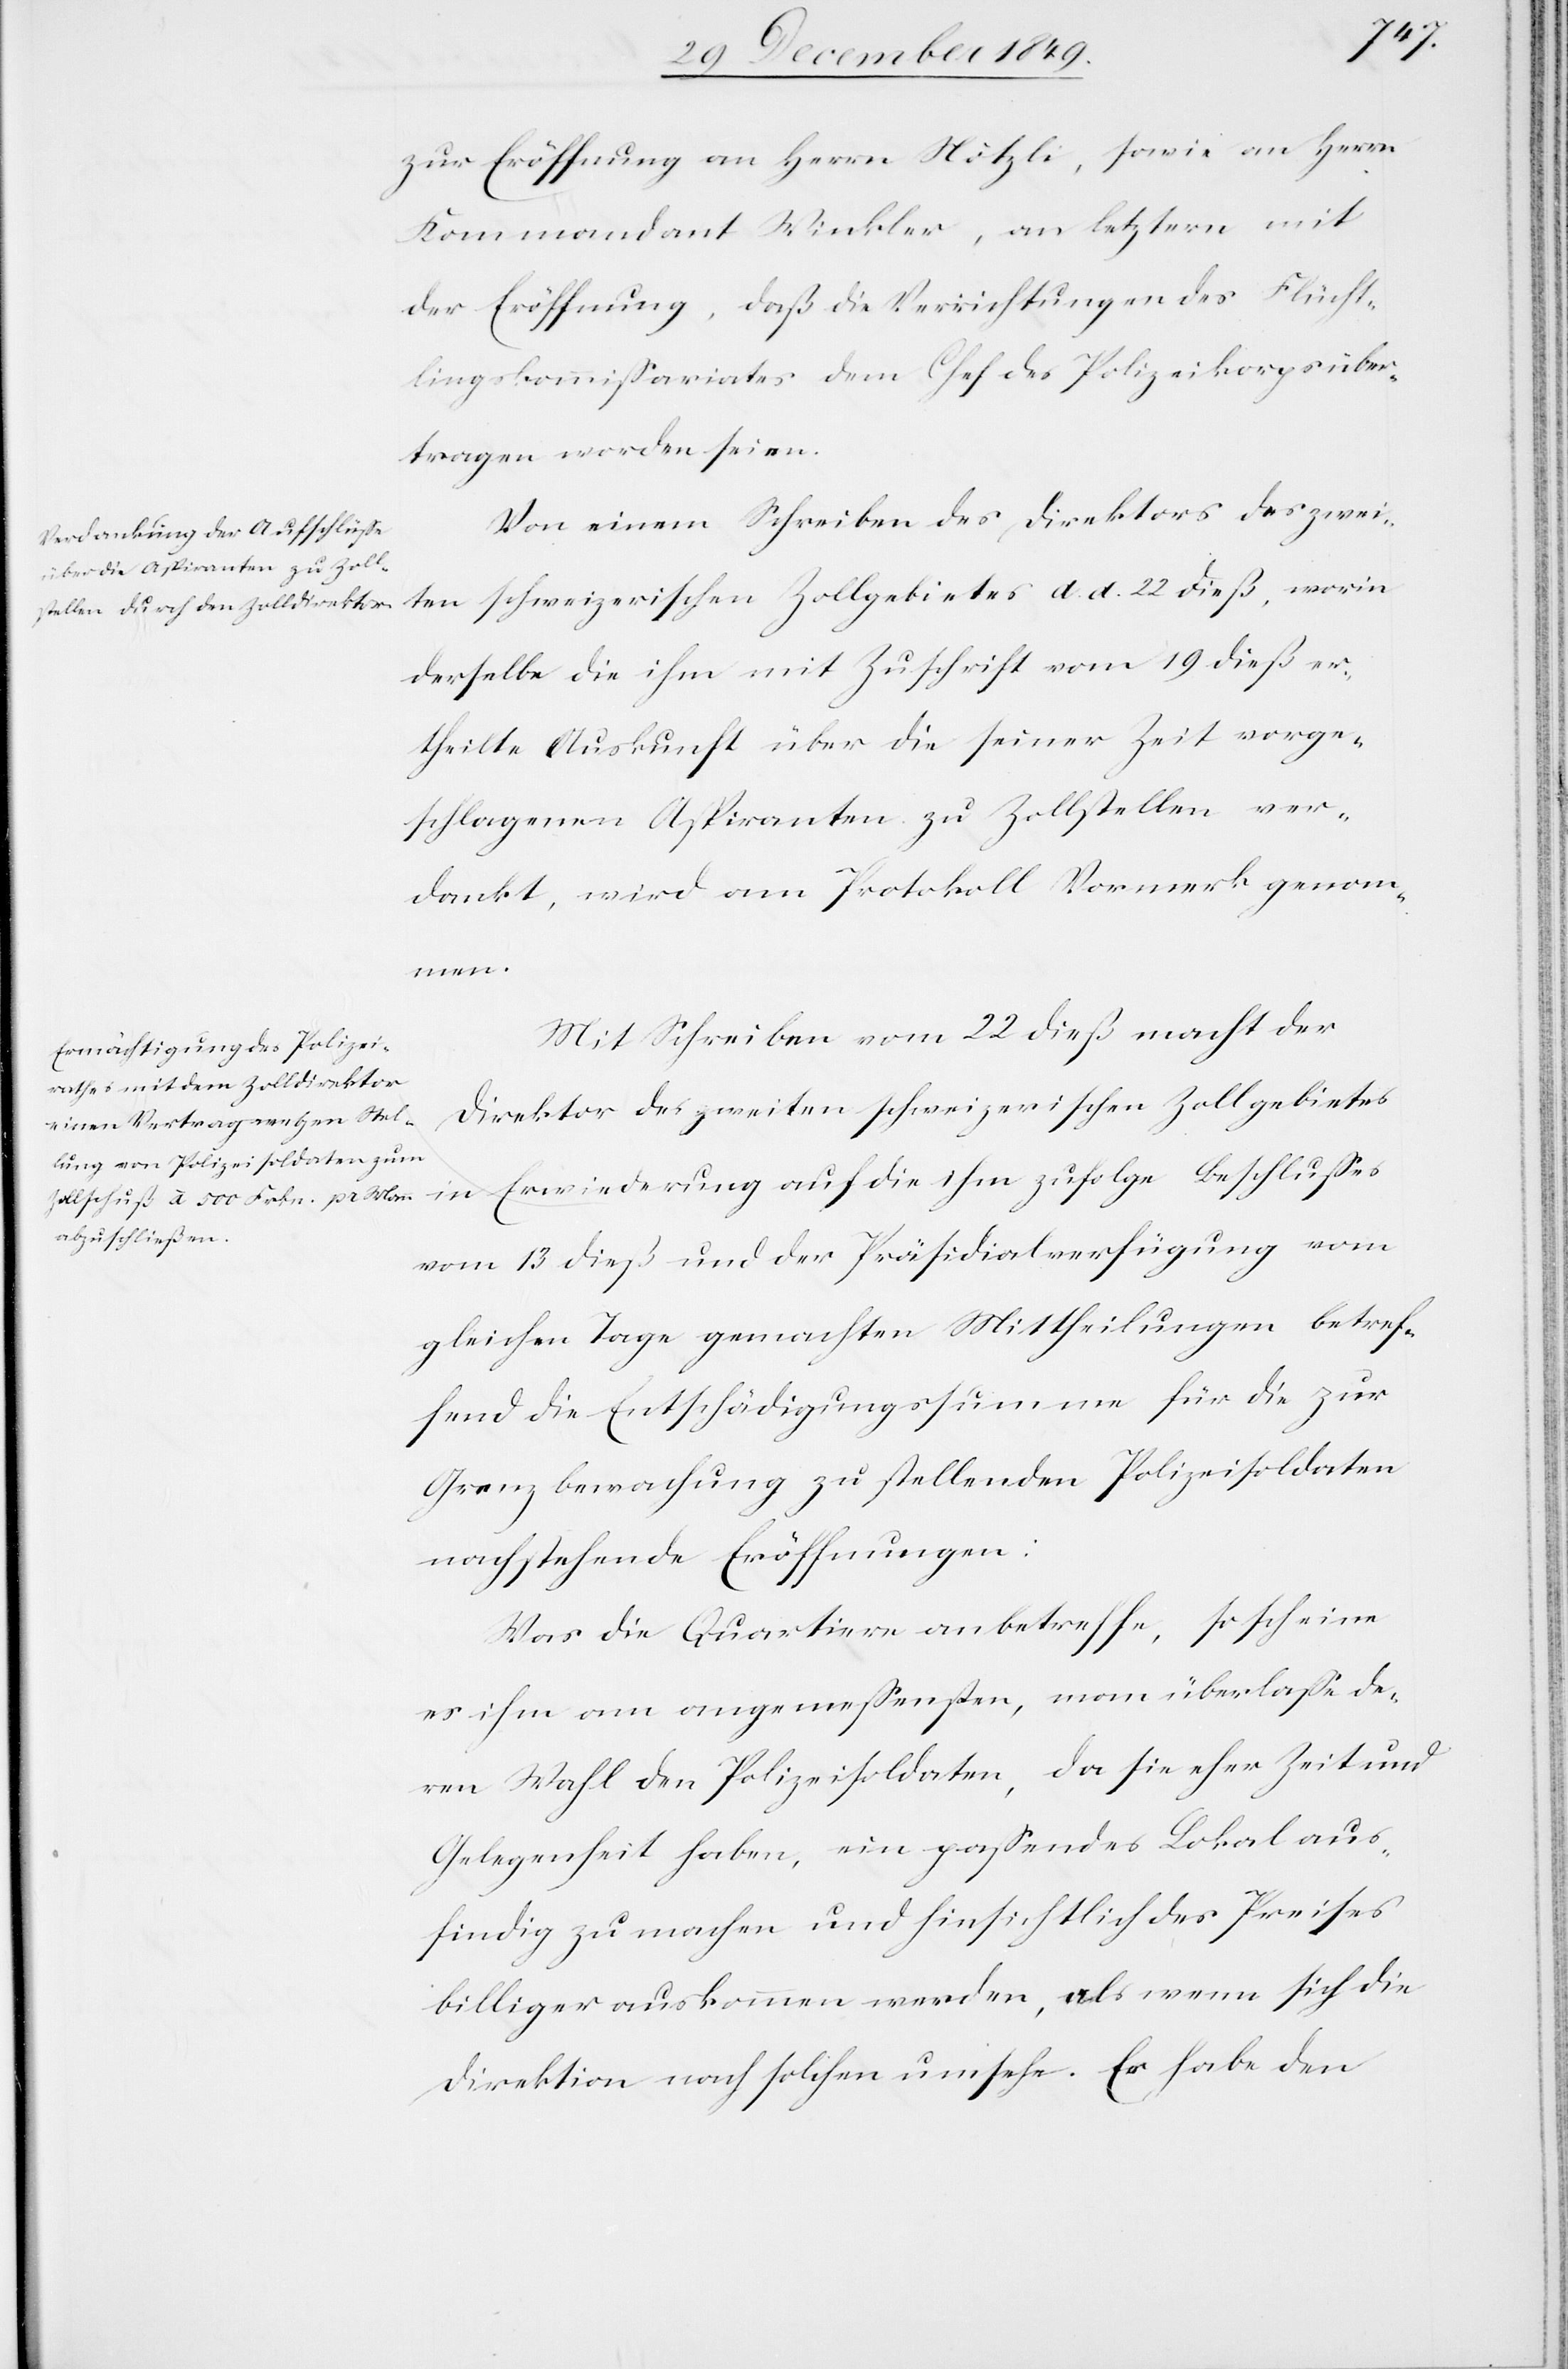
zur Eröffnung an Herrn Nötzli, sowie an Herrn
Kommandant Winkler, an letztern mit
der Eröffnung, daß die Verrichtung des Flücht¬
lingskommißariates dem Chef des Polizeikorps über¬
tragen worden sei.
Von einem Schreiben des Direktors des zwei¬
schweizerischen Zollgebietes d. d. 22 dieß, worin
ten
derselbe die ihm mit Zuschrift vom 19 dieß er¬
theilte Auskunft über die seiner Zeit vorge¬
schlagenen Aspiranten zu Zollstellen ver¬
dankt, wird am Protokoll Vormerk genom¬
men.
Mit Schreiben vom 22 dieß macht der
Direktor des zweiten schweizerischen Zollgebietes
in Erwiederung auf die ihm zufolge Beschlußes
vom 13 dieß und der Präsidialverfügung vom
gleichen Tage gemachten Mittheilungen betref¬
fend die Entschädigungssummen für die zur
Grenzbewachung zu stellenden Polizeisoldaten
nachstehende Eröffnungen:
Was die Quartiere anbetreffe, so scheine
es ihm am angemeßensten, man überlaße de¬
ren Wahl den Polizeisoldaten, da sie eher Zeit und
Gelegenheit haben, ein paßendes Lokal aus¬
findig zu machen und hinsichtlich des Preises
billiger auskommen werden, als wenn sich die
Direktion nach solchen umsehe. Es habe den